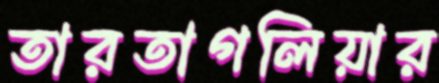
তারতাগলিয়ার